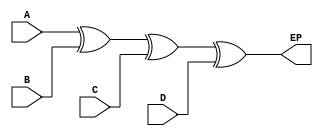
module even_parity_generator(EP, A, B ,C, D ); //declares module

	input wire A, B ,C, D; //defines input wires A, B, C, D
	output wire EP; //defines output wire EP
	assign EP = A ^ B ^ C ^ D ; //assigns logical expression for EP

endmodule //ends module